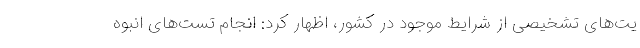
یت‌های تشخیصی از شرایط موجود در کشور، اظهار کرد: انجام تست‌های انبوه